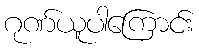
ဂုဏ်ယူပါကြောင်း